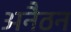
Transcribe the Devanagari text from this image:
अनैठन